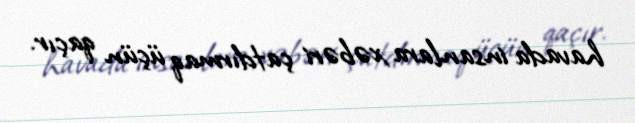
havada insanlara xəbəri çatdırmaq üçün qaçır.